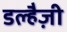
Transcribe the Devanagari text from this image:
डल्हैज़ी